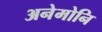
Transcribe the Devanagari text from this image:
अनेमोनि